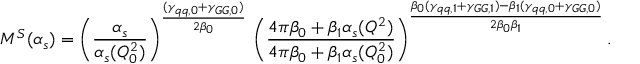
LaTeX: M ^ { S } ( \alpha _ { s } ) = \left( \frac { \alpha _ { s } } { \alpha _ { s } ( Q _ { 0 } ^ { 2 } ) } \right) ^ { \frac { ( \gamma _ { q q , 0 } + \gamma _ { G G , 0 } ) } { 2 \beta _ { 0 } } } \, \left( \frac { 4 \pi \beta _ { 0 } + \beta _ { 1 } \alpha _ { s } ( Q ^ { 2 } ) } { 4 \pi \beta _ { 0 } + \beta _ { 1 } \alpha _ { s } ( Q _ { 0 } ^ { 2 } ) } \right) ^ { \frac { \beta _ { 0 } ( \gamma _ { q q , 1 } + \gamma _ { G G , 1 } ) - \beta _ { 1 } ( \gamma _ { q q , 0 } + \gamma _ { G G , 0 } ) } { 2 \beta _ { 0 } \beta _ { 1 } } } .